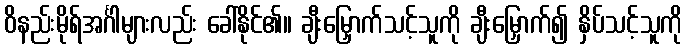
ဝိနည်းမိုရ်အင်္ဂါများလည်း ခေါ်နိုင်၏။ ချီးမြှောက်သင့်သူကို ချီးမြှောက်၍ နှိပ်သင့်သူကို